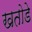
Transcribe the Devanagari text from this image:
खतोडे